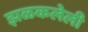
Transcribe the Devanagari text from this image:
झळकलेली